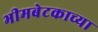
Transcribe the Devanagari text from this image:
भीमबेटकाच्या